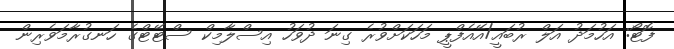
ފޮޓޯ: އަހުމަދު އަލް ރުބައީ/އޭއެފްޕީ މަހަކަށްވުރެ ގިނަ ދުވަހު އިސްލާމިކް ސްޓޭޓްގެ ހަނގުރާމަވެރިން